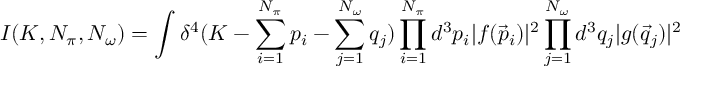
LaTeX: I ( K , N _ { \pi } , N _ { \omega } ) = \int \delta ^ { 4 } ( K - \sum _ { i = 1 } ^ { N _ { \pi } } p _ { i } - \sum _ { j = 1 } ^ { N _ { \omega } } q _ { j } ) \prod _ { i = 1 } ^ { N _ { \pi } } d ^ { 3 } p _ { i } | f ( \vec { p } _ { i } ) | ^ { 2 } \prod _ { j = 1 } ^ { N _ { \omega } } d ^ { 3 } q _ { j } | g ( \vec { q } _ { j } ) | ^ { 2 }